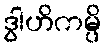
ဒွါဟိကမ္ပိ